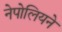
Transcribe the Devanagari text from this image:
नेपोलियने